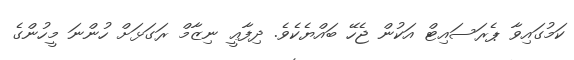
ކަމުގައިވާ ޕެރަސައިޓް އަކުން ޖެހޭ ބައްޔެކެވެ. ދިފާޢީ ނިޒާމް ރަގަޅަށް ހުންނަ މީހުންގެ